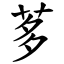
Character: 茤